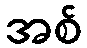
အစ်